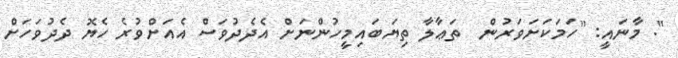
". މާނައީ: "ހަމަކަށަވަރުން  ތަޢާލާ ތިޔަބައިމީހުންނަށް އެދެދުވަސް އެއަށްވުރެ ހެޔޮ ދެދުވަހަށް